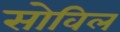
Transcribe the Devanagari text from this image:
सोविल